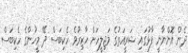
ދެން އޮންނާނީ ފާޅުގައި ޝަރީއަތުގެ މަޖިލީހަށް ހާޒިރުވެ ހެކިބަސް ދޭ މީހުންގެ ހެކިބަސް